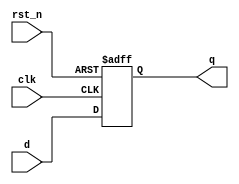
module dff_async_rst_n_param
#(
    parameter WIDTH = 8,
              RESET = 8'b0
)
(
    input                      clk,
    input                      rst_n,
    input      [WIDTH - 1 : 0] d,
    output reg [WIDTH - 1 : 0] q
);

    always @ (posedge clk or negedge rst_n)
        if (!rst_n)
            q <= RESET;
        else
            q <= d;
 
endmodule